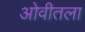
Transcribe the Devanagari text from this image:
ओवीतला